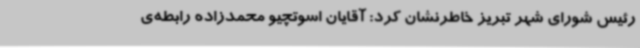
رئیس شورای شهر تبریز خاطرنشان کرد: آقایان اسوتچیو محمدزاده رابطه‌ی